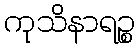
ကုသိနာရဉ္စ